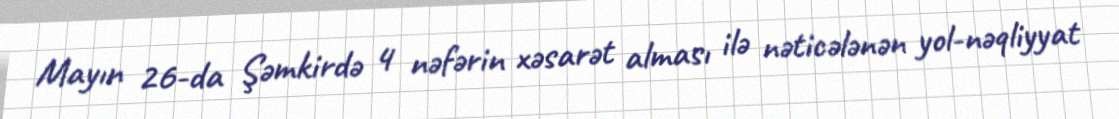
Mayın 26-da Şəmkirdə 4 nəfərin xəsarət alması ilə nəticələnən yol-nəqliyyat